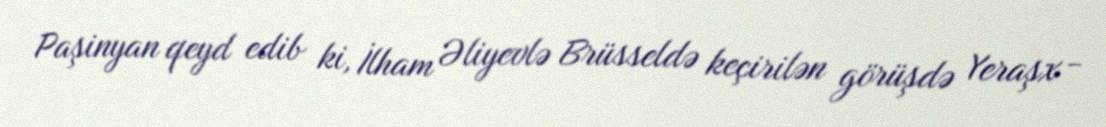
Paşinyan qeyd edib ki, İlham Əliyevlə Brüsseldə keçirilən görüşdə Yeraşx -